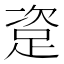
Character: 𰸏